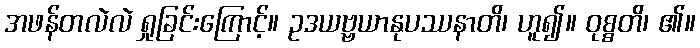
အဖန်တလဲလဲ ရှုခြင်းကြောင့်။ ဥဒယဗ္ဗယာနုပဿနာတိ၊ ဟူ၍။ ဝုစ္စတိ၊ ၏။